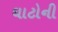
ઘાટોની